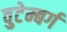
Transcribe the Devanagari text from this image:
वुटेम्बर्ग